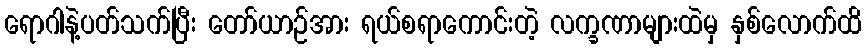
ရောဂါနဲ့ပတ်သက်ပြီး တော်ယာဉ်အား ရယ်စရာကောင်းတဲ့ လက္ခဏာများထဲမှ နှစ်လောက်ထိ